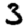
Digit: 3